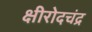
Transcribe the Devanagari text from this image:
क्षीरोदचंद्र